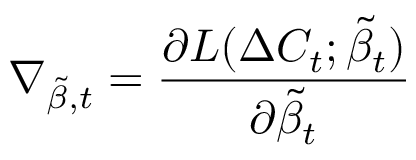
\nabla _ { \tilde { \beta } , t } = \frac { \partial L ( \Delta C _ { t } ; \tilde { \beta } _ { t } ) } { \partial \tilde { \beta } _ { t } }